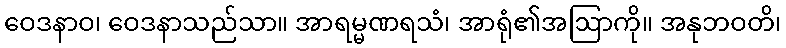
ဝေဒနာဝ၊ ဝေဒနာသည်သာ။ အာရမ္မဏရသံ၊ အာရုံ၏အဩာကို။ အနုဘဝတိ၊